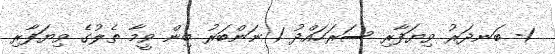
1- ބަނދަރު ވިޔަފާރި ސަރަހައްދު 1 ނަންބަރު ބިން ވީމާ ތެލުގެ ވިޔަފާރި